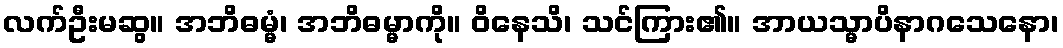
လက်ဦးမဆွ။ အဘိဓမ္မံ၊ အဘိဓမ္မာကို။ ဝိနေသိ၊ သင်ကြား၏။ အာယသ္မာပိနာဂသေနော၊